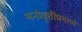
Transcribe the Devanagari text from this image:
मनोवृत्तीप्रमाणे